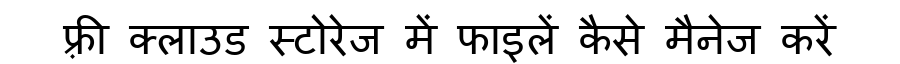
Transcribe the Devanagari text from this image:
फ़्री क्लाउड स्टोरेज में फाइलें कैसे मैनेज करें